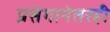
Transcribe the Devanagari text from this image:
प्रसंगानंतरही